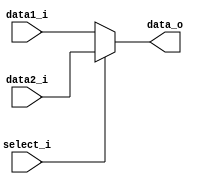
module MUX4(
    data1_i,
    data2_i,
    select_i,
    data_o
);

input	[31:0]	data1_i;
input 	[31:0]	data2_i;
input select_i;
output 	[31:0]	data_o;

assign data_o = (select_i == 1'b0)?data1_i:data2_i;

endmodule